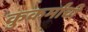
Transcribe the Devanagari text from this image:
कुकर्मांची